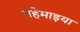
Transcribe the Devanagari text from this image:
नेहेमाइया